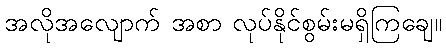
အလိုအလျောက် အစာ လုပ်နိုင်စွမ်းမရှိကြချေ။